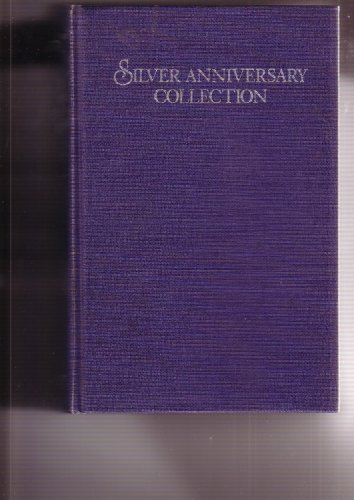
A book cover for Silver anniversary collection: Selected articles from the Bulletin; Musical Box Society; Crafts, Hobbies & Home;